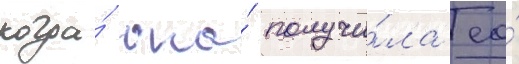
когда́ она́ получи́ла ео́